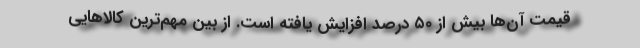
قیمت آن‌ها بیش از ۵۰ درصد افزایش یافته است. از بین مهم‌ترین کالاهایی